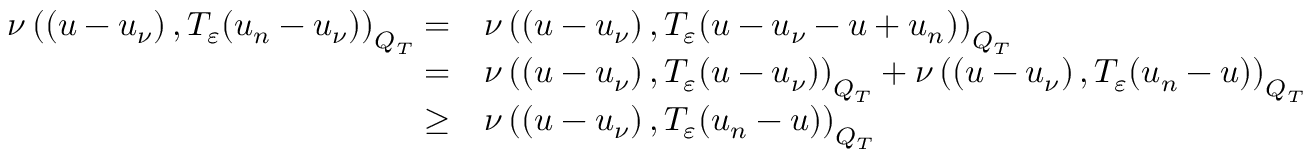
\begin{array} { r l } { \nu \left( \left( u - u _ { \nu } \right) , T _ { \varepsilon } ( u _ { n } - u _ { \nu } ) \right) _ { Q _ { T } } = } & { \nu \left( \left( u - u _ { \nu } \right) , T _ { \varepsilon } ( u - u _ { \nu } - u + u _ { n } ) \right) _ { Q _ { T } } } \\ { = } & { \nu \left( \left( u - u _ { \nu } \right) , T _ { \varepsilon } ( u - u _ { \nu } ) \right) _ { Q _ { T } } + \nu \left( \left( u - u _ { \nu } \right) , T _ { \varepsilon } ( u _ { n } - u ) \right) _ { Q _ { T } } } \\ { \geq } & { \nu \left( \left( u - u _ { \nu } \right) , T _ { \varepsilon } ( u _ { n } - u ) \right) _ { Q _ { T } } } \end{array}